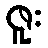
ဇူး